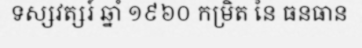
ទស្សវត្សរ៍ ឆ្នាំ ១៩៦០ កម្រិត នៃ ធនធាន